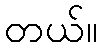
တယ်။